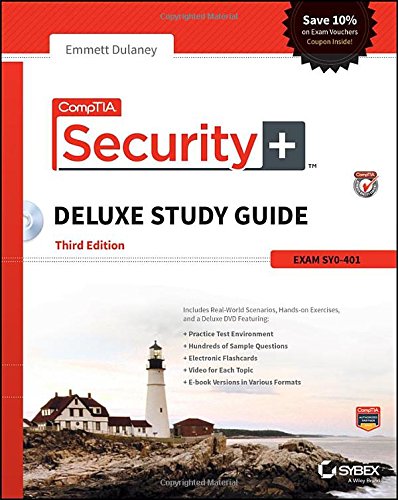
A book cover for CompTIA Security+ Deluxe Study Guide: SY0-401; Emmett Dulaney; Computers & Technology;